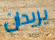
يريدان